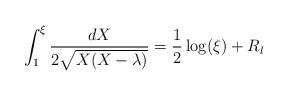
LaTeX: \begin{align*}\int_1^{\xi}\frac{dX}{2\sqrt{X(X-\lambda)}} = \frac12\log(\xi) + R_l\end{align*}